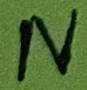
Text: N